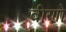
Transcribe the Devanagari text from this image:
वीणो